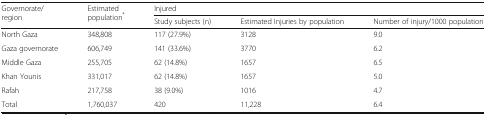
| <ROWSPAN=2> Governorate/region | <ROWSPAN=2> Estimated population* | <COLSPAN=3> Injured |
 | Study subjects (n) | Estimated Injuries by population | Number of injury/1000 population |
 | --- | --- | --- | --- | --- |
 | North Gaza | 348,808 | 117 (27.9%) | 3128 | 9.0 |
 | Gaza governorate | 606,749 | 141 (33.6%) | 3770 | 6.2 |
 | Middle Gaza | 255,705 | 62 (14.8%) | 1657 | 6.5 |
 | Khan Younis | 331,017 | 62 (14.8%) | 1657 | 5.0 |
 | Rafah | 217,758 | 38 (9.0%) | 1016 | 4.7 |
 | Total | 1,760,037 | 420 | 11,228 | 6.4 |